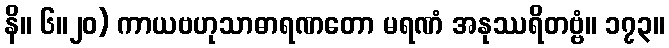
နိ။ ၆။၂၀) ကာယဗဟုသာဓာရဏတော မရဏံ အနုဿရိတဗ္ဗံ။ ၁၇၃။